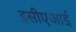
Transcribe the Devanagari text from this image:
इसीएआई